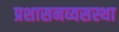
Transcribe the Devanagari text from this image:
प्रशासनव्यसस्था